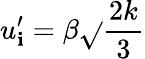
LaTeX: u_{\mathbf{i}}^{\prime}=\beta\sqrt{}{{\frac{{2k}}{{3}}}}